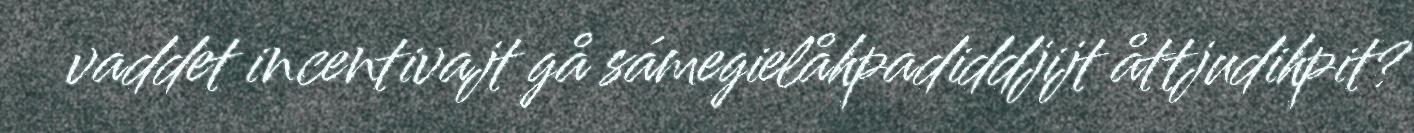
vaddet incentivajt gå sámegielåhpadiddjijt åttjudihpit?